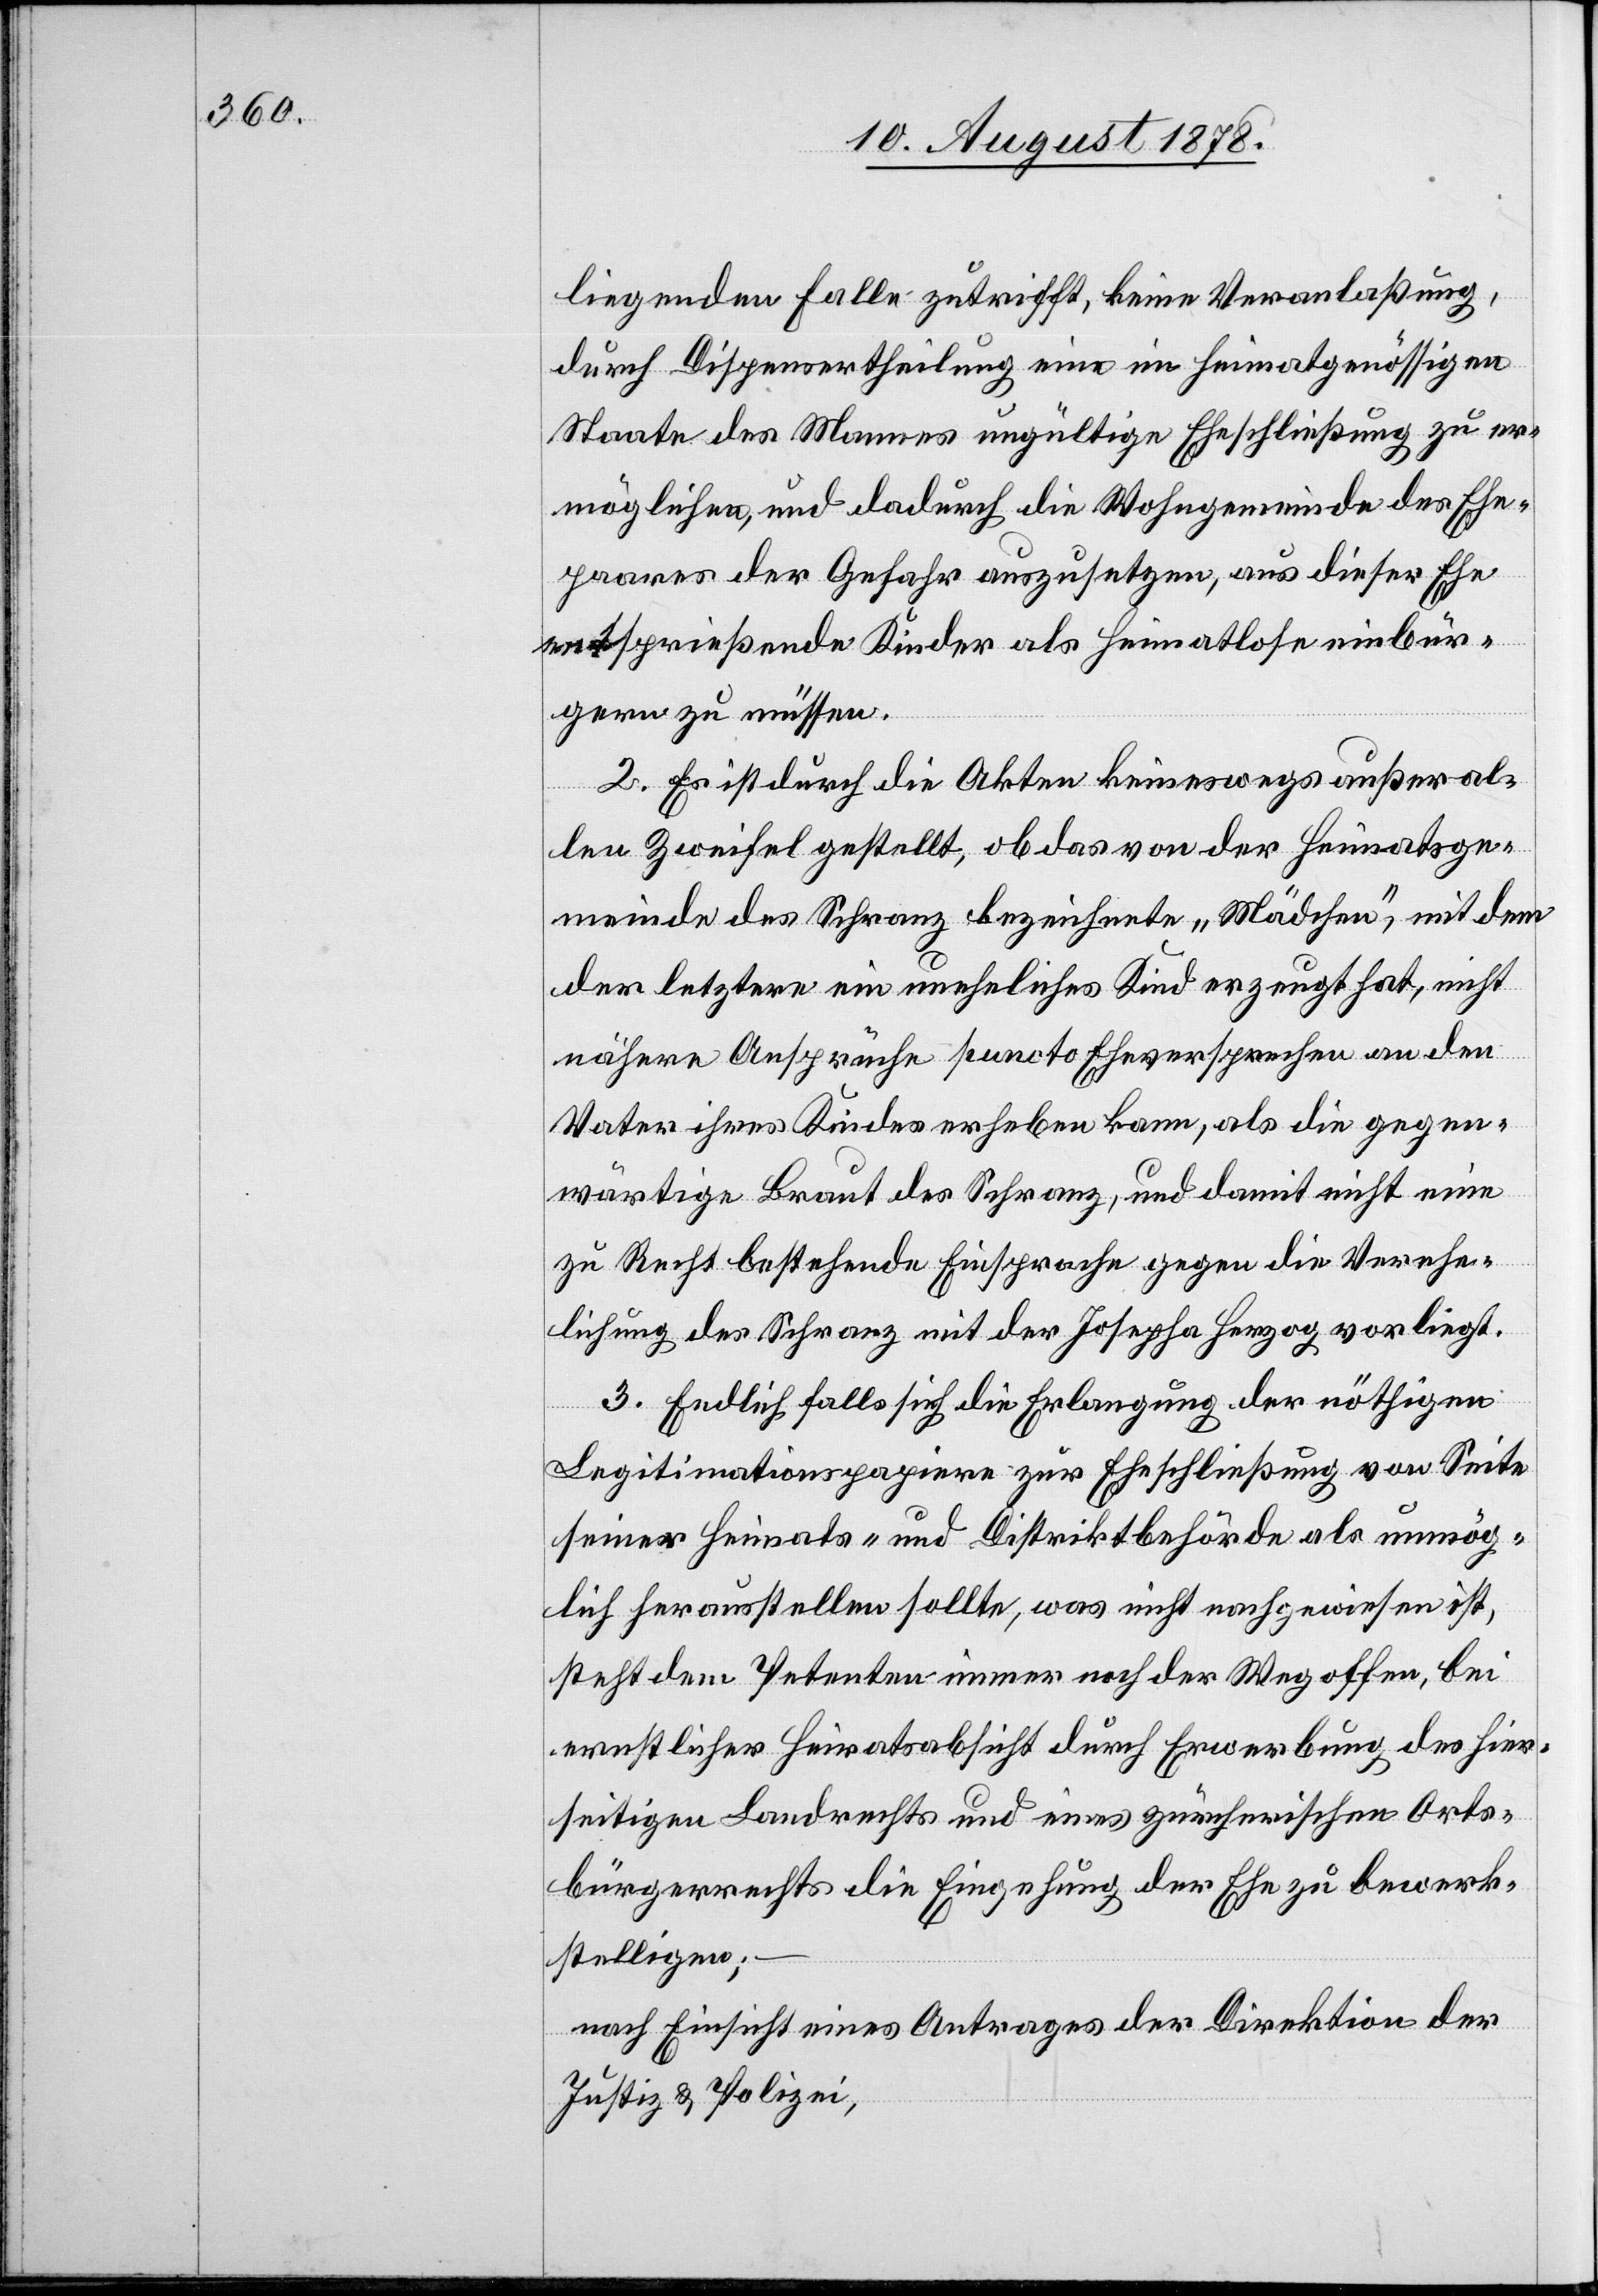
liegenden Falle zutrifft, keine Veranlaßung,
durch Dispensertheilung eine im heimatgenössigen
Staate des Mannes ungültige Eheschließung zu er¬
möglichen, und dadurch die Wohngemeinde des Ehe¬
paares der Gefahr auszusetzen, aus dieser Ehe
sprießende Kinder als Heimatlose einbür¬
gern zu müssen.
2. Es ist durch die Akten keineswegs außer al¬
len Zweifel gestellt, ob das von der Heimatsge¬
meinde des Schranz bezeichnete „Mädchen“, mit dem
der letztere ein uneheliches Kind erzeugt hat, nicht
nähere Ansprüche puncto Eheversprechen an den
Vater ihres Kindes erheben kann, als die gegen¬
wärtige Braut des Schranz, und damit nicht eine
zu Recht bestehende Einsprache gegen die Verehe¬
lichung des Schranz mit der Josepha Herzog vorliegt.
3. Endlich falls sich die Erlangung der nöthigen
Legitimationspapiere zur Eheschließung von Seite
seiner Heimats- und Distriktbehörde als unmög¬
lich herausstellen sollte, was nicht nachgewiesen ist,
steht dem Petenten immer noch der Weg offen, bei
ernstlicher Heiratsabsicht durch Erwerbung des hier¬
seitigen Landrecht und eines zürcherischen Orts¬
bürgerrechts die Eingehung der Ehe zu bewerk¬
stelligen;
nach Einsicht eines Antrages der Direktion der
Justiz & Polizei,